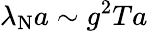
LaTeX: \lambda_{\mathrm{N}}a\sim g^{2}Ta